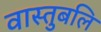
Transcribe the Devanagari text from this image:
वास्तुबलि